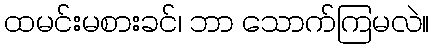
ထမင်းမစားခင်၊ ဘာ သောက်ကြမလဲ။